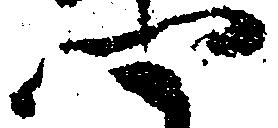
卿